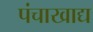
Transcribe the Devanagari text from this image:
पंचाखाद्य